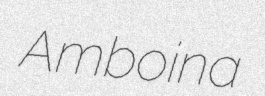
Amboina